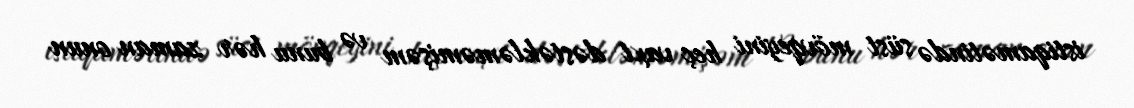
istiqamətində süst mövqeyini heç vaxt dəstəkləməmişəm və bunu hər zaman onun